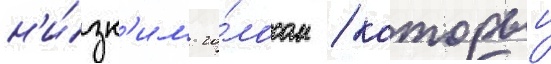
н'и́зк'им го́лосом / которыи